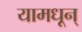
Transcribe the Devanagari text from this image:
यामधून्